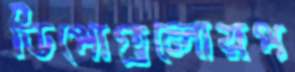
ডিপোগুলোরপ